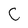
Character: C